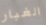
الغبار